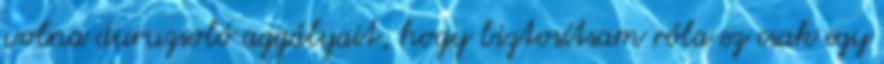
volna duruzsoló aggályait, hogy biztosítsam róla ez csak egy